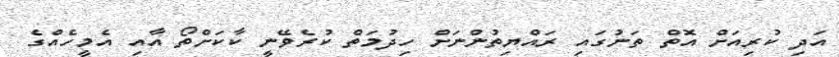
އަދި ކުރިއަށް އޮތް ތަނުގައި ރައްޔިތުންނަށް ހިދުމަތް ކުރެވޭނީ ކާކަށްތޯ އާއި އެމީހެއްގެ